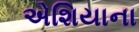
એશિયાના